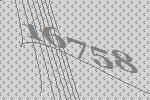
16758